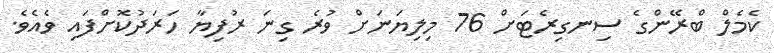
ކެމެލް ބްރޭންގެ ސިނގިރެޓަށް 76 މިލިޔަނަށް ވުރެ ގިނަ ރުފިޔާ ހަރަދުކޮށްފައި ވެއެވެ.